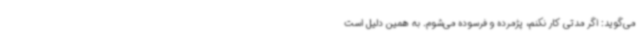
می‌گوید: اگر مدتی کار نکنم، پژمرده و فرسوده می‌شوم. به همین دلیل است